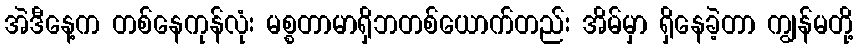
အဲဒီနေ့က တစ်နေကုန်လုံး မစ္စတာမာရှိဘတစ်ယောက်တည်း အိမ်မှာ ရှိနေခဲ့တာ ကျွန်မတို့